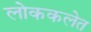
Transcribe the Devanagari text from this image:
लोककलेत